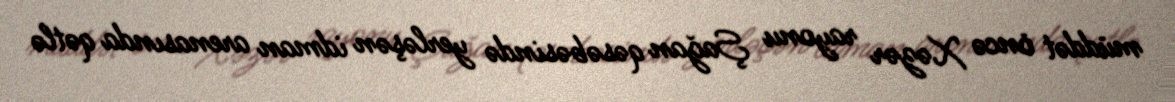
müddət öncə Xəzər rayonu Şağan qəsəbəsində yerləşən idman arenasında qətlə